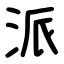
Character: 派